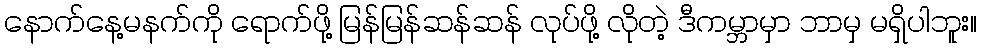
နောက်နေ့မနက်ကို ရောက်ဖို့ မြန်မြန်ဆန်ဆန် လုပ်ဖို့ လိုတဲ့ ဒီကမ္ဘာမှာ ဘာမှ မရှိပါဘူး။